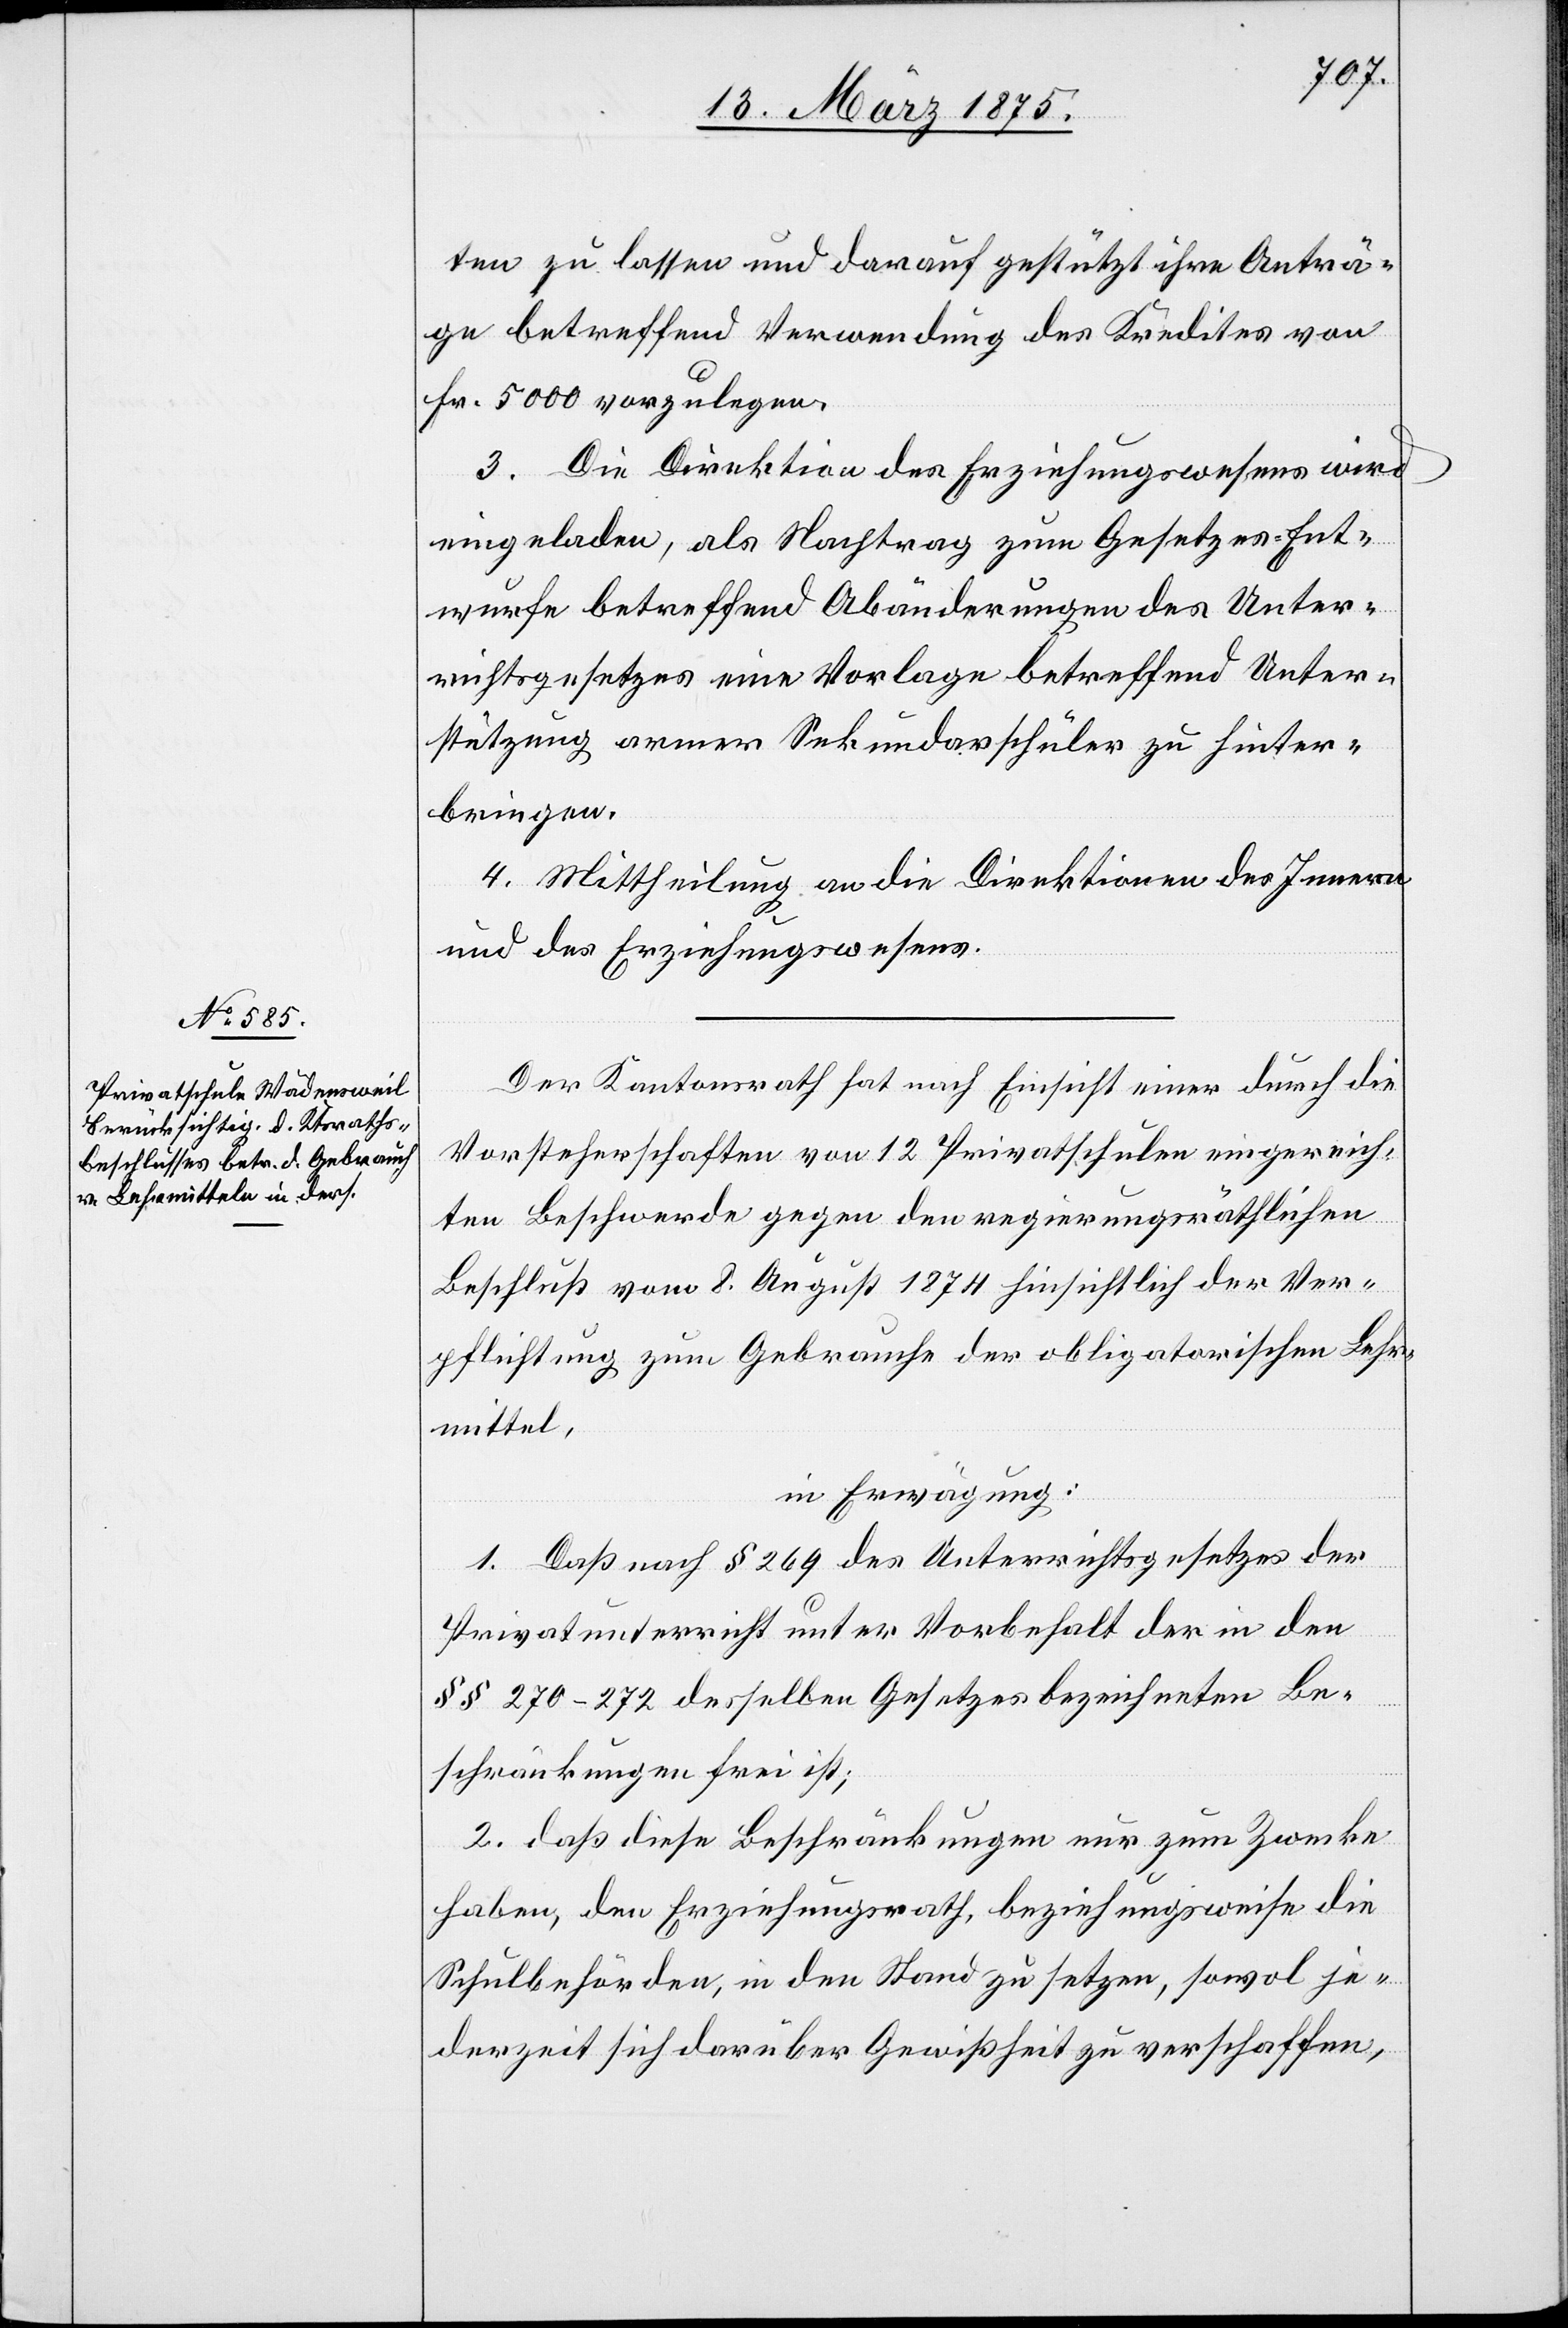
ten zu lassen und darauf gestützt ihre Anträ¬
ge betreffend Verwendung des Kredites von
Fr. 5000 vorzulegen.
3. Die Direktion des Erziehungswesens wird
eingeladen, als Nachtrag zum Gesetzes-Ent¬
wurfe betreffend Abänderungen des Unter¬
richtsgesetzes eine Vorlage betreffend Unter¬
stützung armer Sekundarschüler zu hinter¬
bringen.
4. Mittheilung an die Direktionen des Innern
und des Erziehungswesens.
Der Kantonsrath hat nach Einsicht einer durch die
Vorsteherschaften von 12. Privatschulen eingereich¬
ten Beschwerde gegen den regierungsräthlichen
Beschluß vom 8. August 1874 hinsichtlich der Ver¬
pflichtung zum Gebrauch der obligatorischen Lehr¬
mittel,
in Erwägung:
1. Daß nach § 269 des Unterrichtsgesetzes der
Privatunterricht unter Vorbehalt der in den
§§ 270–272 desselben Gesetzes bezeichneten Be¬
schränkungen frei ist;
2. daß diese Beschränkungen nur zum Zwecke
haben, den Erziehungsrath, beziehungsweise die
Schulbehörden, in den Stand zu setzen, sowol je¬
derzeit sich darüber Gewißheit zu verschaffen,